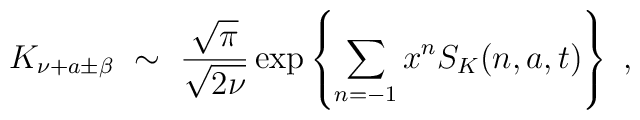
K_{\nu+a\pm \beta}\ \sim\ \frac{\sqrt{\pi}}{\sqrt{2\nu}}\exp \left\{ \sum_{n=-1}x^n S_K(n,a,t) \right\}\ ,